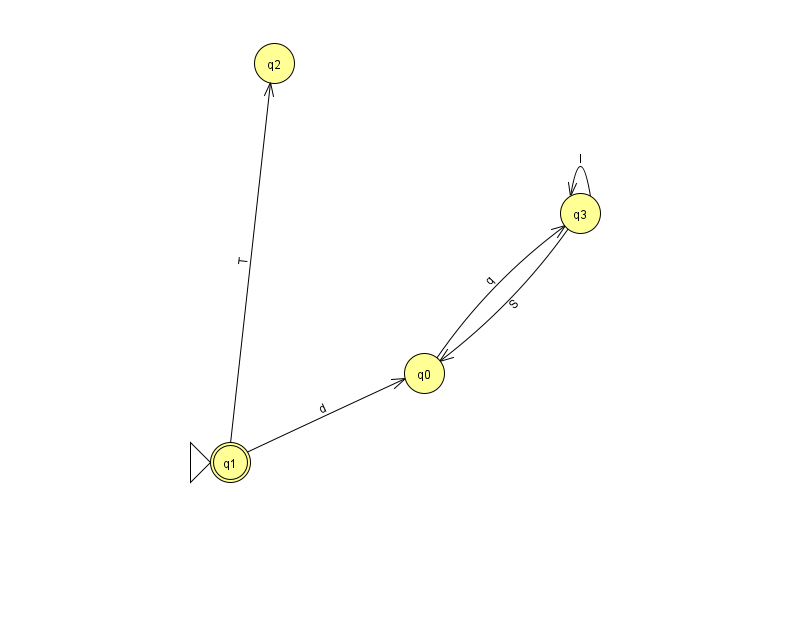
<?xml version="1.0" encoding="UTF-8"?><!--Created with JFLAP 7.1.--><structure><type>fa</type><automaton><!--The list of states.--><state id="0" name="q0"><x>424.0</x><y>360.0</y></state><state id="1" name="q1"><x>230.0</x><y>449.0</y><initial/><final/></state><state id="2" name="q2"><x>274.0</x><y>50.0</y></state><state id="3" name="q3"><x>580.0</x><y>200.0</y></state><!--The list of transitions.--><transition><from>1</from><to>2</to><read>T</read></transition><transition><from>1</from><to>0</to><read>d</read></transition><transition><from>3</from><to>3</to><read>I</read></transition><transition><from>3</from><to>0</to><read>S</read></transition><transition><from>0</from><to>3</to><read>q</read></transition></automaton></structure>